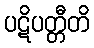
ပဋိပတ္တီတိ